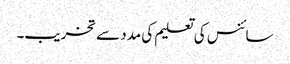
سائنس کی تعلیم کی مدد سے تخریب۔